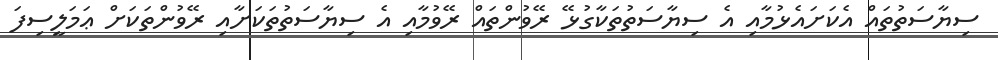
ސިޔާސަތުތައް އެކަށައެޅުމާއި އެ ސިޔާސަތުތަކާގުޅޭ ރޭވުންތައް ރޭވުމާއި އެ ސިޔާސަތުތަކަށާއި ރޭވުންތަކަށް ޢަމަލީސިފަ